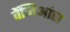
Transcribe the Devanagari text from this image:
वेंजिआंस